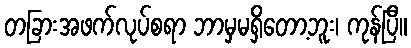
တခြားအဖက်လုပ်စရာ ဘာမှမရှိတော့ဘူး၊ ကုန်ပြီ။